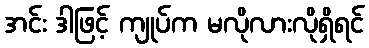
အင်း ဒါဖြင့် ကျုပ်က မလိုလားလိုရှိရင်